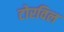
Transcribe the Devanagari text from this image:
टोरविल